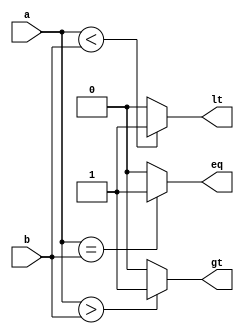
module mag_comp(a,b,gt,eq,lt);
    input [3:0]a, b;
    output gt,eq,lt;
    integer i;
    reg gt,eq,lt;
    always@(a,b,gt,eq,lt)
    begin
       eq=(a==b)?1:0;
       gt=(a>b)?1:0;
       lt=(a<b)?1:0;
    end
endmodule